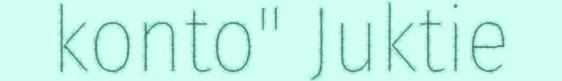
konto" Juktie